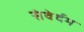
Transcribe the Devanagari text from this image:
संवेर्दम